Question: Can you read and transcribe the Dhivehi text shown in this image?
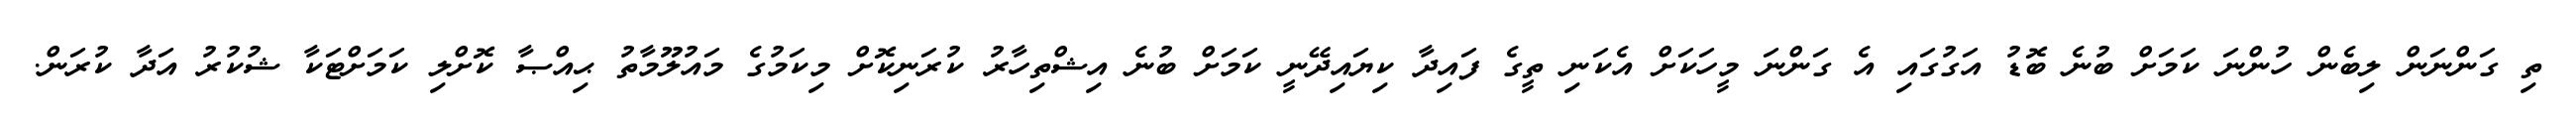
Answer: ތި ގަންނަން ލިބެން ހުންނަ ކަމަށް ބުނެ ބޮޑު އަގުގައި އެ ގަންނަ މީހަކަށް އެކަނި ތީގެ ފައިދާ ކިޔައިދޭނީ ކަމަށް ބުނެ އިޝްތިހާރު ކުރަނިކޮށް މިކަމުގެ މައުލޫމާތު ޙިއްޞާ ކޮށްލި ކަމަށްޓަކާ ޝުކުރު އަދާ ކުރަން.